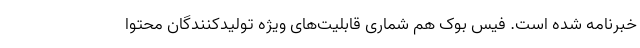
خبرنامه شده است. فیس بوک هم شماری قابلیت‌های ویژه تولیدکنندگان محتوا